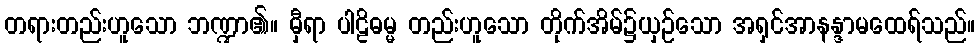
တရားတည်းဟူသော ဘဏ္ဍာ၏။ မှီရာ ပါဠိဓမ္မ တည်းဟူသော တိုက်အိမ်၌ယှဉ်သော အရှင်အာနန္ဒာမထေရ်သည်။